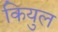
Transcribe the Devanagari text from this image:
कियुल